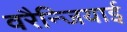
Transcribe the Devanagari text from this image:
वरैन्जियाई